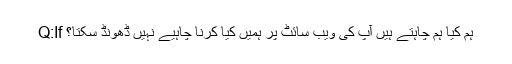
Q:If ہم کیا ہم چاہتے ہیں آپ کی ویب سائٹ پر ہميں كيا كرنا چاہيے نہیں ڈھونڈ سکتا؟